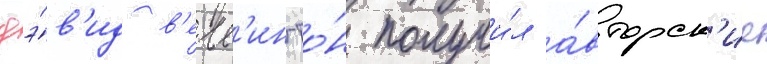
дэ́в'ид в'елл'ингто́н получи́л а́вторск'ие